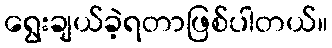
ရွေးချယ်ခဲ့ရတာဖြစ်ပါတယ်။